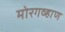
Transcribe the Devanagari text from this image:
मोरगव्हाण